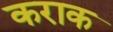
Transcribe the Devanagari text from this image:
कराक